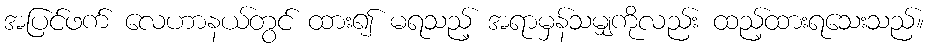
အပြင်ဖက် လေဟာနယ်တွင် ထား၍ မရသည့် အရာမှန်သမျှကိုလည်း ထည့်ထားရသေးသည်။